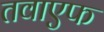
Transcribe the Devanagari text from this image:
तवाएफ